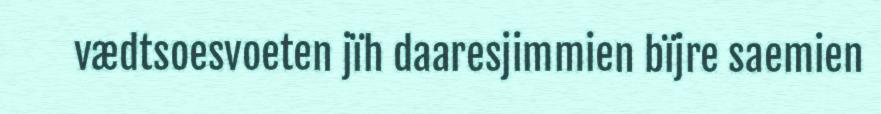
vædtsoesvoeten jïh daaresjimmien bïjre saemien